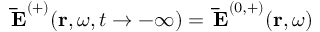
\mathbf { \, \bar { E } } ^ { ( + ) } ( \mathbf { r } , \omega , t \rightarrow - \infty ) = \mathbf { \, \bar { E } } ^ { ( 0 , + ) } ( \mathbf { r } , \omega )